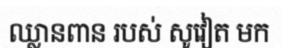
ឈ្លានពាន របស់ សូវៀត មក